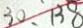
3 0 、 1 3 8